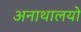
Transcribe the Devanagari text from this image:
अनाथालयो